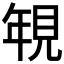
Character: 𮗐